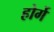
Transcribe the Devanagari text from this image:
होर्गे